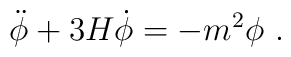
\ddot\phi + 3H\dot\phi = -m^2\phi  \ .